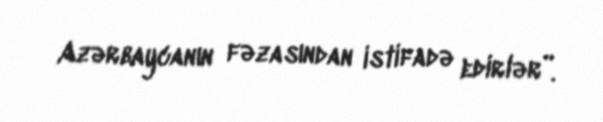
Azərbaycanın fəzasından istifadə edirlər”.